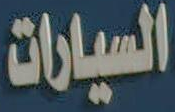
السيارات